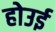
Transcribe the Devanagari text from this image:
होउई